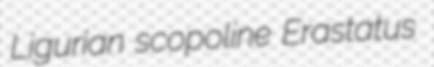
Ligurian scopoline Erastatus